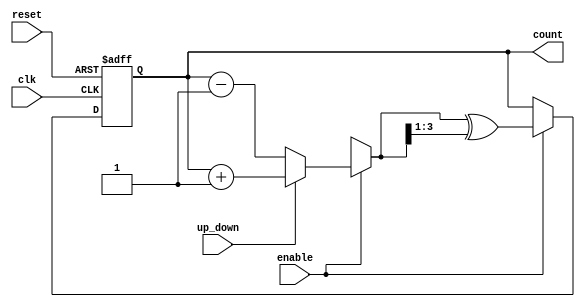
module gray_counter(
    input wire clk,
    input wire reset,
    input wire enable,
    input wire up_down,
    output reg [3:0] count
);

reg [3:0] next_count;

always @(posedge clk or posedge reset) begin
    if (reset) begin
        count <= 4'b0000;
    end else if (enable) begin
        if (up_down) begin
            next_count = count + 4'b0001;
        end else begin
            next_count = count - 4'b0001;
        end
        count <= next_count ^ (next_count >> 1);
    end
end 

endmodule